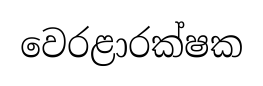
වෙරළාරක්ෂක